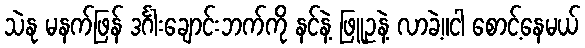
သဲနု မနက်ဖြန် ဒင်္ဂါးချောင်းဘက်ကို နင်နဲ့ ဖြူဥနဲ့ လာခဲ့။ငါ စောင့်နေမယ်